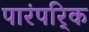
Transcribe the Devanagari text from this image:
पारंपरि्क